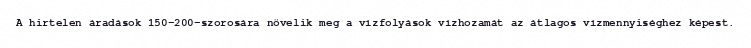
A hirtelen áradások 150-200-szorosára növelik meg a vízfolyások vízhozamát az átlagos vízmennyiséghez képest.